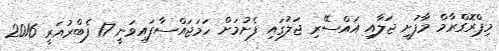
މިޕްރޮގްރާމް މާފުށީ ޖަލާއި އައްސޭރި ޖަލުގައި ފެށުމަށް ހަމަޖައްސާފައިވަނީ 17 ފެބްރުއަރީ 2016